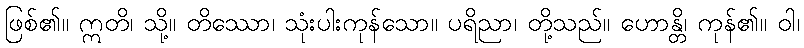
ဖြစ်၏။ ဣတိ၊ သို့။ တိဿော၊ သုံးပါးကုန်သော။ ပရိညာ၊ တို့သည်။ ဟောန္တိ၊ ကုန်၏။ ဝါ၊